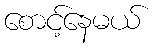
စောင့်နေမယ်